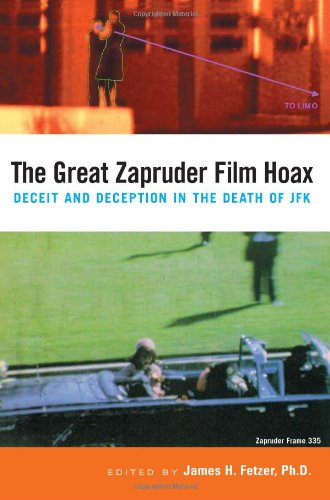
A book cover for The Great Zapruder Film Hoax: Deceit and Deception in the Death of JFK; Biographies & Memoirs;